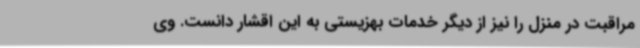
مراقبت در منزل را نیز از دیگر خدمات بهزیستی به این اقشار دانست. وی